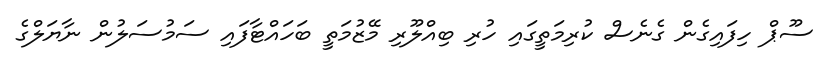
ސޫޕް ހިފައިގެން ގެނެސް ކުރިމަތީގައި ހުރި ބިއްލޫރި މޭޒުމަތީ ބަހައްޓާފައި ސަމުސަލުން ނާޔަލްގެ